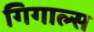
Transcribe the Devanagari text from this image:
गिगाल्स